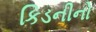
કિડનીનો